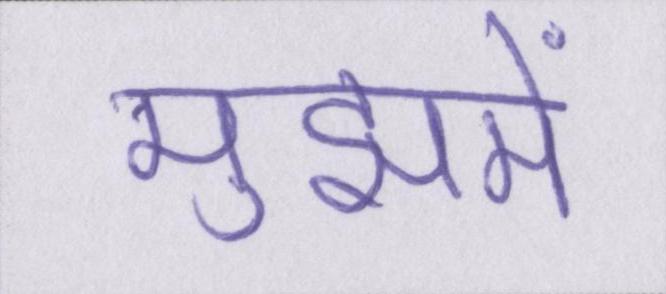
मुझमें